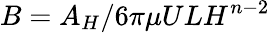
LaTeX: B=A_{H}/6\pi\mu ULH^{n-2}